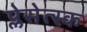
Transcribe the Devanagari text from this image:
प्लेसेत्स्क